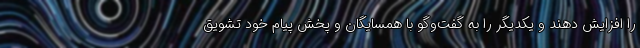
را افزایش دهند و یکدیگر را به گفت‌وگو با همسایگان و پخش پیام خود تشویق